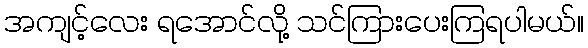
အကျင့်လေး ရအောင်လို့ သင်ကြားပေးကြရပါမယ်။